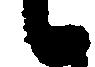
候